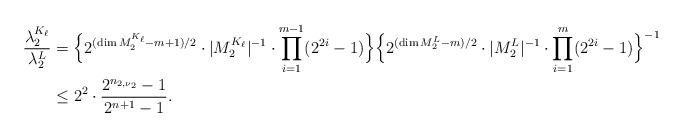
LaTeX: \begin{align*} \frac{\lambda_2^{K_{\ell}}}{\lambda_2^L}&=\Bigl\{2^{(\dim M_2^{K_{\ell}}-m+1)/2}\cdot|M_2^{K_{\ell}}|^{-1}\cdot\prod_{i=1}^{m-1}(2^{2i}-1)\Bigr\}\Bigl\{2^{(\dim M_2^L-m)/2}\cdot|M_2^L|^{-1}\cdot\prod_{i=1}^{m}(2^{2i}-1)\Bigr\}^{-1}\\ &\leq 2^2\cdot\frac{2^{n_{2,\nu_2}}-1}{2^{n+1}-1}.\end{align*}